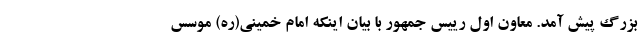
بزرگ پیش آمد. معاون اول رییس جمهور با بیان اینکه ‌امام خمینی(ره) موسس